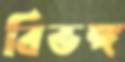
বিভঙ্গ